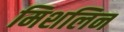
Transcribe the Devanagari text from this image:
मिशलिन